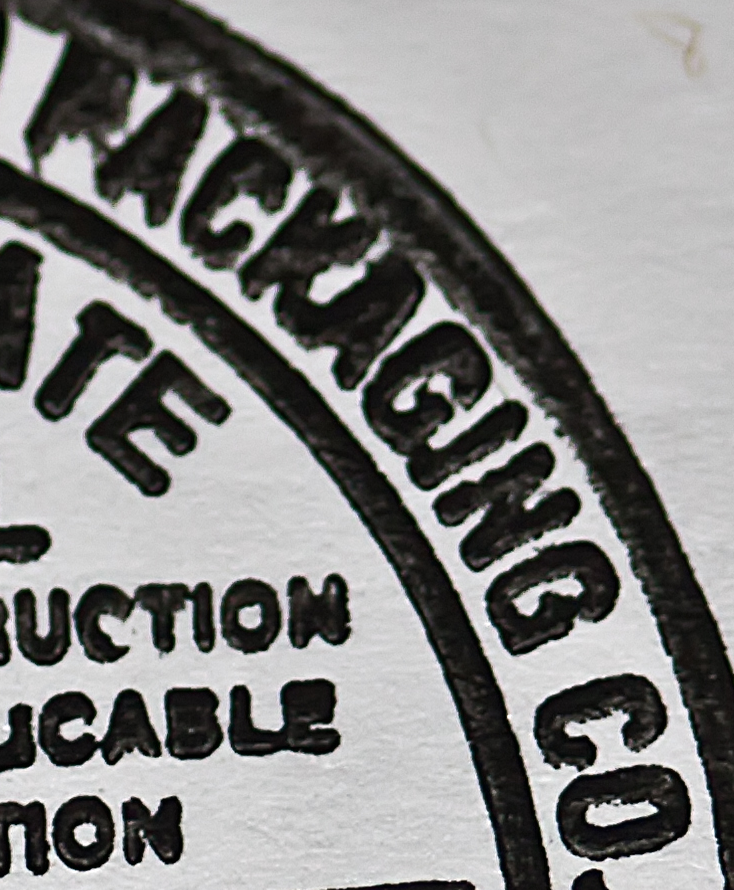
PACKAGING CO.